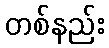
တစ်နည်း